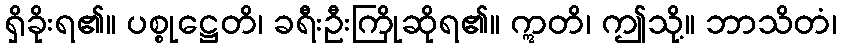
ရှိခိုးရ၏။ ပစ္စုဋ္ဌေတိ၊ ခရီးဦးကြိုဆိုရ၏။ ဣတိ၊ ဤသို့။ ဘာသိတံ၊